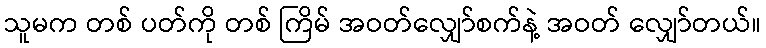
သူမက တစ် ပတ်ကို တစ် ကြိမ် အဝတ်လျှော်စက်နဲ့ အဝတ် လျှော်တယ်။